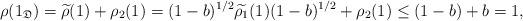
LaTeX: \begin{align*}\rho(1_\mathfrak{D}) = \widetilde{\rho}(1) + \rho_2(1) = (1-b)^{1/2}\widetilde{\rho_1}(1) (1-b)^{1/2} + \rho_2(1) \leq (1-b) + b =1, \end{align*}